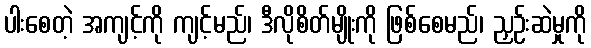
ပါးစေတဲ့ အကျင့်ကို ကျင့်မည်၊ ဒီလိုစိတ်မျိုးကို ဖြစ်စေမည်၊ ညှဉ်းဆဲမှုကို